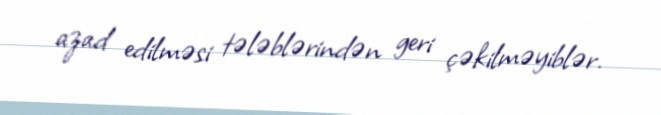
azad edilməsi tələblərindən geri çəkilməyiblər.